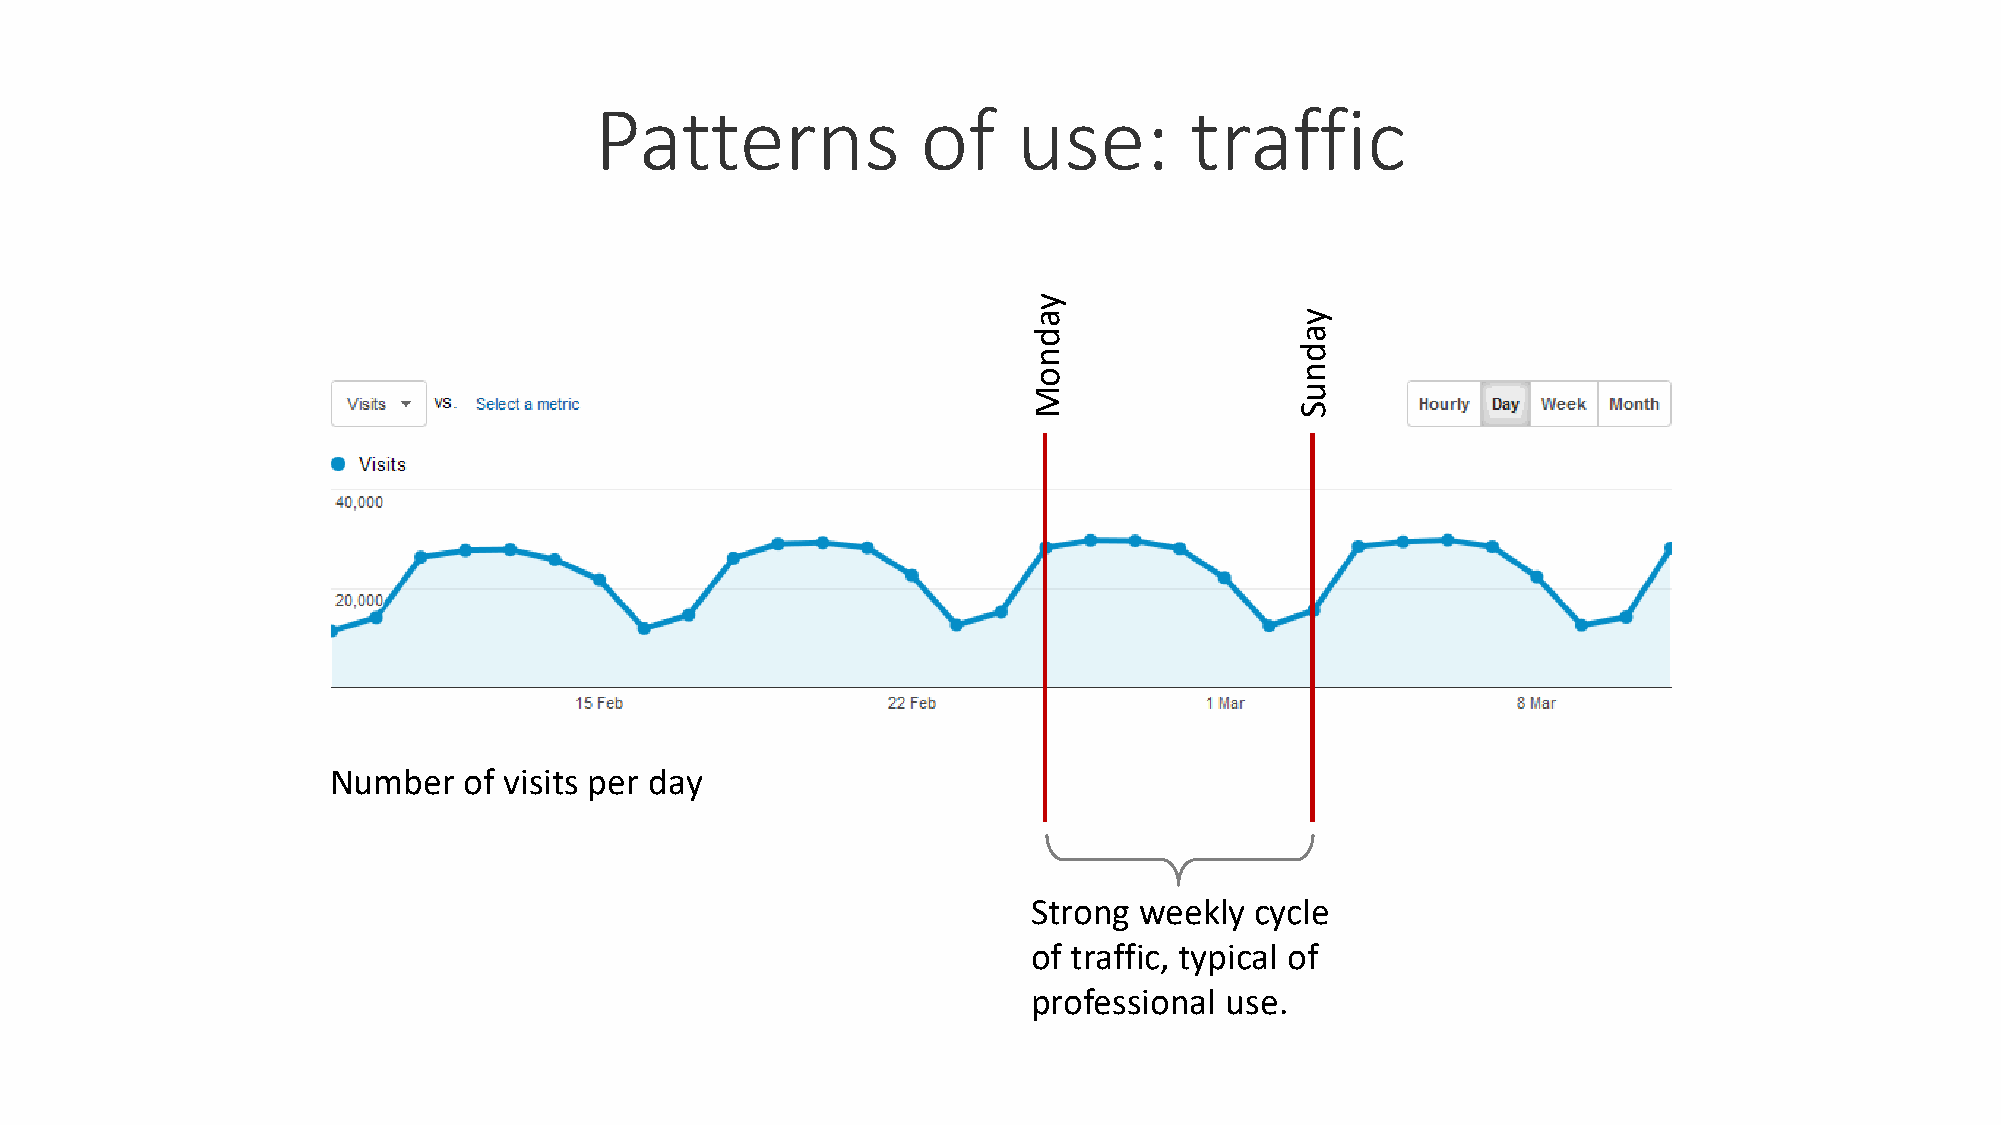
Patterns              of    use:        traffic
 Number   of visits per day
 Strong weekly  cycle
 of traffic, typical of
 professional use.
 yadnoM
 yadnuS